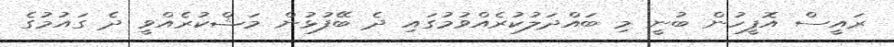
ރައީސް އޮފީހުން ބުނީ މި ބައްދަލުކުރެއްވުމުގައި ދެ ބޭފުޅުން މަޝްކުރެއްވީ ދެ ގައުމުގެ